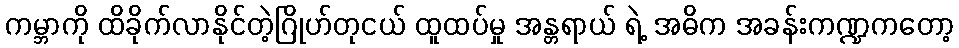
ကမ္ဘာကို ထိခိုက်လာနိုင်တဲ့ဂြိုဟ်တုငယ် ထူထပ်မှု အန္တရာယ် ရဲ့ အဓိက အခန်းကဏ္ဍကတော့